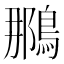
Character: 𫛀